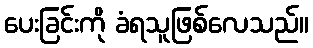
ပေးခြင်းကို ခံရသူဖြစ်လေသည်။